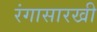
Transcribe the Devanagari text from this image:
रंगासारखी